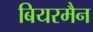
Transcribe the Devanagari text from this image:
बियरमैन